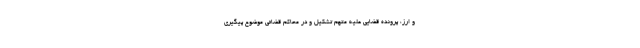
و ارز، پرونده قضایی علیه متهم تشکیل و در محاکم قضائی موضوع پیگیری